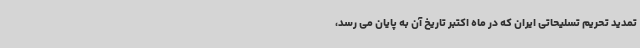
تمدید تحریم تسلیحاتی ایران که در ماه اکتبر تاریخ آن به پایان می رسد،